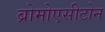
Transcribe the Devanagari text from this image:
ब्रोमोएसीटोन